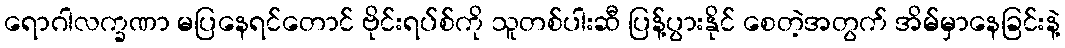
ရောဂါလက္ခဏာ မပြနေရင်တောင် ဗိုင်းရပ်စ်ကို သူတစ်ပါးဆီ ပြန့်ပွားနိုင် စေတဲ့အတွက် အိမ်မှာနေခြင်းနဲ့